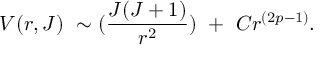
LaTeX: V ( r , J ) \ \sim ( { \frac { J ( J + 1 ) } { r ^ { 2 } } } ) \ + \ C r ^ { ( 2 p - 1 ) } .